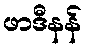
ဖာဒီနန်